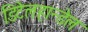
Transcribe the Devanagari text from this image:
डिटेलहान्डेल